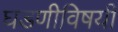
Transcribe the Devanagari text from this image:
घडणीविषयी